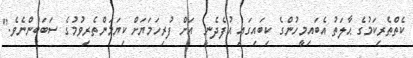
ކެތްތެރިކަމުގެ ޙާލަތު އެބައިމީހުންގެ ކިބައިގައި އުފެދެނީ  އަށް ފުރިހަމަޔަށް ކިޔަމަންތެރިވުމުގެ ސަބަބުންނެވެ."